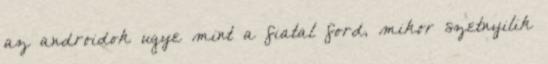
az androidok ugye mint a fiatal ford, mikor szetnyilik